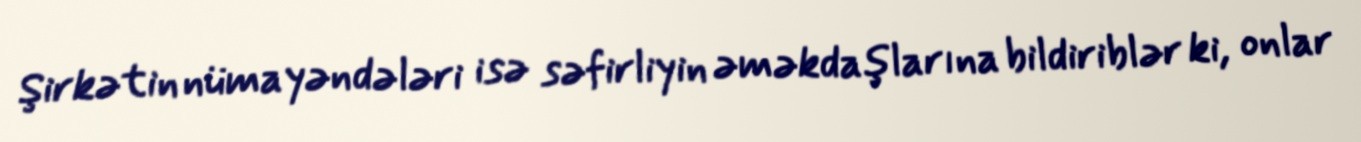
Şirkətin nümayəndələri isə səfirliyin əməkdaşlarına bildiriblər ki, onlar